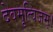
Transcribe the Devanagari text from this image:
देवमृत्विजम्‌।